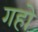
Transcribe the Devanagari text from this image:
गहो